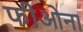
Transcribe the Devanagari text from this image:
फीओना